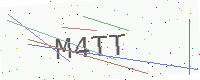
Text: M4TT